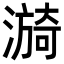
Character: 𬉀